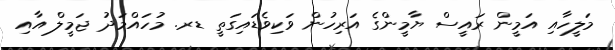
މަލީހާއި އަމީން ރައީސް ޔާމީންގެ އަރިހުން ވަކިވެޑައިގަތީ ޑރ. މުހައްމަދު ޖަމީލް އާއި